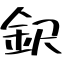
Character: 鈬